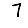
Digit: 7